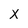
Character: x